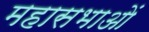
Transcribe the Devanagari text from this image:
महासभाओं